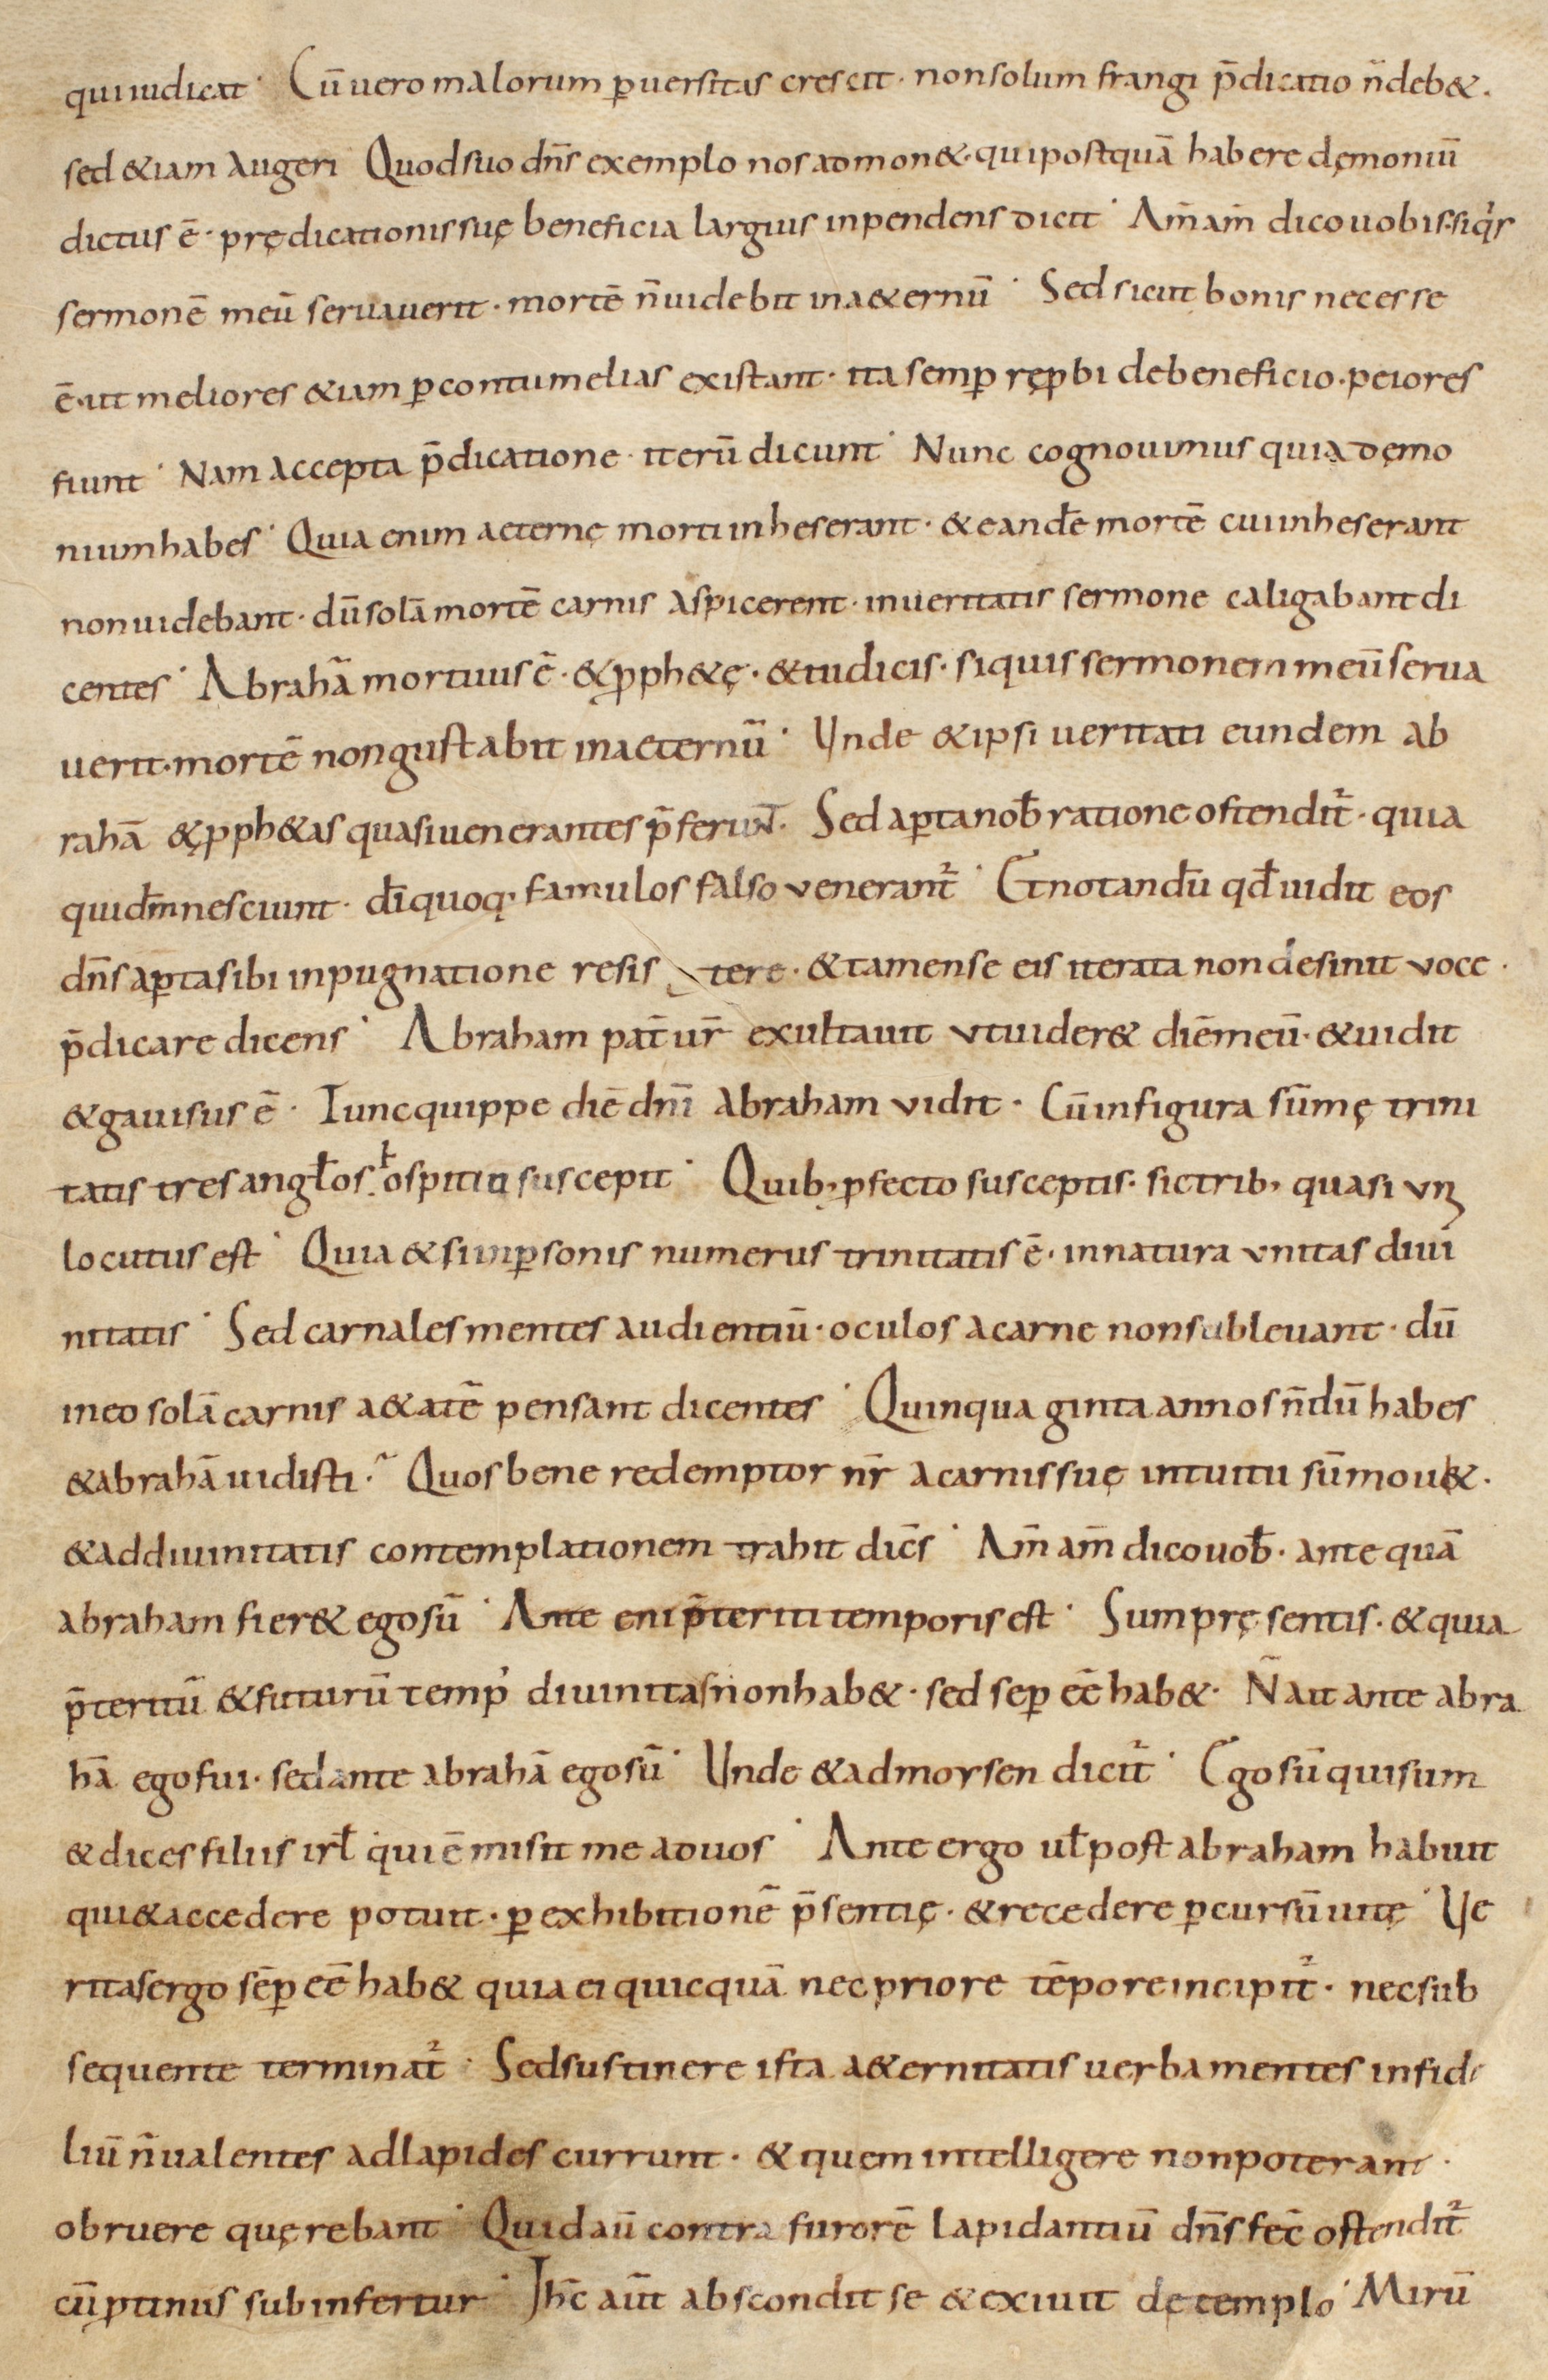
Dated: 800–999